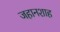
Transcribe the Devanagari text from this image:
जहानशाह